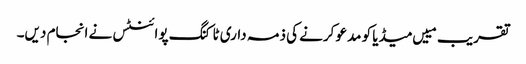
تقریب مییں میڈیا کو مدعو کرنے کی ذمہ داری ٹاکنگ پوائنٹس نے انجام دیں۔